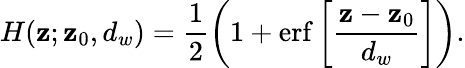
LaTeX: H(\mathbf{z};\mathbf{z}_{0},d_{w})=\frac{{1}}{{2}}\left(1+\mathrm{{erf}}\left[\frac{{\mathbf{z}-\mathbf{z}_{0}}}{{d_{w}}}\right]\right).